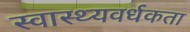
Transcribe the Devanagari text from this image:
स्वास्थ्यवर्धकता